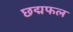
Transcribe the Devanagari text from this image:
छद्मफल